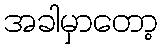
အခါမှာတော့